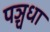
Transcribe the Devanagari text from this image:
पञ्चधा